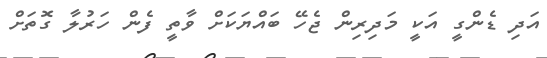
އަދި ޑެންގީ އަކީ މަދިރިން ޖެހޭ ބައްޔަކަށް ވާތީ ފެން ހަރުލާ ގޮތަށް